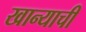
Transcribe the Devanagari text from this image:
खान्याची